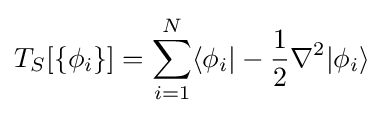
T_{S}[\{\phi _{i}\}]=\sum _{i=1}^{N}\langle \phi _{i}|-{\frac {1}{2}}\nabla ^{2}|\phi _{i}\rangle